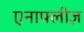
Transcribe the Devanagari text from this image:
एनाफ्लीज़